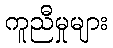
ကူညီမှုများ